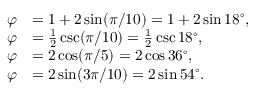
{ \begin{array} { r l } { \varphi } & { = 1 + 2 \sin ( \pi / 1 0 ) = 1 + 2 \sin 1 8 ^ { \circ } , } \\ { \varphi } & { = { \frac { 1 } { 2 } } \csc ( \pi / 1 0 ) = { \frac { 1 } { 2 } } \csc 1 8 ^ { \circ } , } \\ { \varphi } & { = 2 \cos ( \pi / 5 ) = 2 \cos 3 6 ^ { \circ } , } \\ { \varphi } & { = 2 \sin ( 3 \pi / 1 0 ) = 2 \sin 5 4 ^ { \circ } . } \end{array} }